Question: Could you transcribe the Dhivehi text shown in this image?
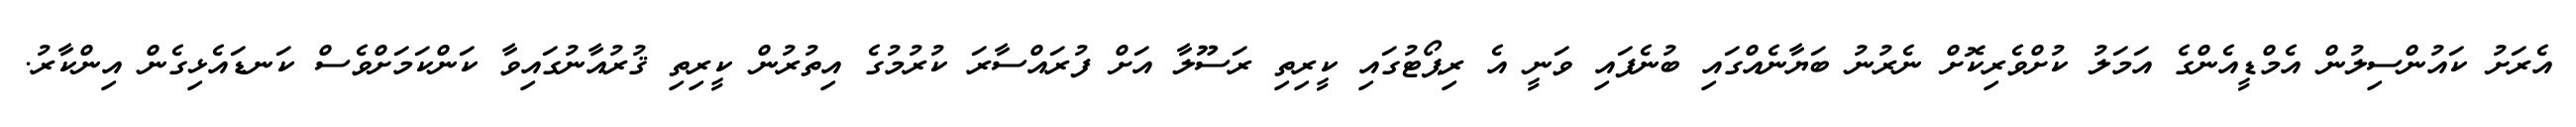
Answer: އެރަށު ކައުންސިލުން އެމްޑީއެންގެ އަމަލު ކުށްވެރިކޮށް ނެރުނު ބަޔާނެއްގައި ބުނެފައި ވަނީ އެ ރިޕޯޓުގައި ކީރިތި ރަސޫލާ އަށް ފުރައްސާރަ ކުރުމުގެ އިތުރުން ކީރިތި ޤުރުއާނުގައިވާ ކަންކަމަށްވެސް ކަނޑައެޅިގެން އިންކާރު.